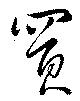
買